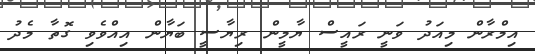
އިމްރާން މިއަދު ވަނީ ރައީސް ޔާމީން ރިޔާސީ ބަޔާން އިއްވެވި ގޮތާ މެދު